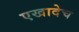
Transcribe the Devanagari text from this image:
एखादेच